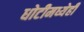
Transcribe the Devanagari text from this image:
धोटीमध्येही